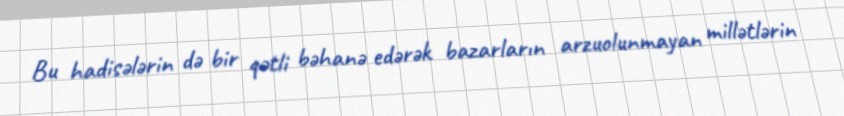
Bu hadisələrin də bir qətli bəhanə edərək bazarların arzuolunmayan millətlərin